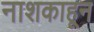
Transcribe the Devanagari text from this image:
नाशकाहून